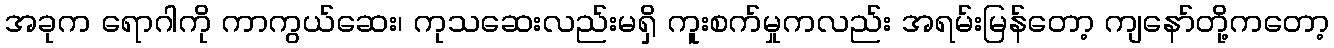
အခုက ရောဂါကို ကာကွယ်ဆေး၊ ကုသဆေးလည်းမရှိ ကူးစက်မှုကလည်း အရမ်းမြန်တော့ ကျနော်တို့ကတော့